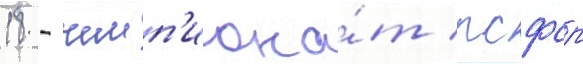
18 - чемп'иона́т рсфср